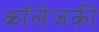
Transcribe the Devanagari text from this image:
कॉलेजकी